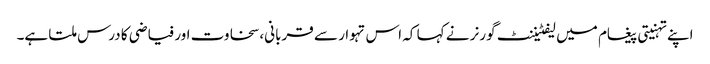
اپنے تہنیتی پیغام میں لیفٹیننٹ گورنر نے کہا کہ اس تہوار سے قربانی، سخاوت اور فیاضی کا درس ملتا ہے۔